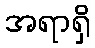
အရာရှိ